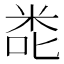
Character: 𮇎